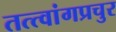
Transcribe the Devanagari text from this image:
तत्त्वांगप्रचुर